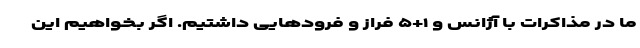
ما در مذاکرات با آژانس و ۱+۵ فراز و فرودهایی داشتیم. اگر بخواهیم این